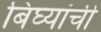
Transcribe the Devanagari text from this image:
बिघ्यांची